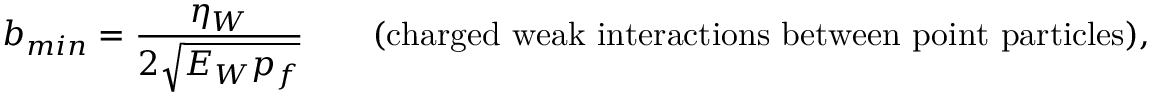
b _ { m i n } = \frac { \eta _ { W } } { 2 \sqrt { E _ { W } p _ { f } } } \qquad \mathrm { ( c h a r g e d ~ w e a k ~ i n t e r a c t i o n s ~ b e t w e e n ~ p o i n t ~ p a r t i c l e s ) , }